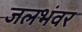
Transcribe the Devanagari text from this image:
जलभंवर